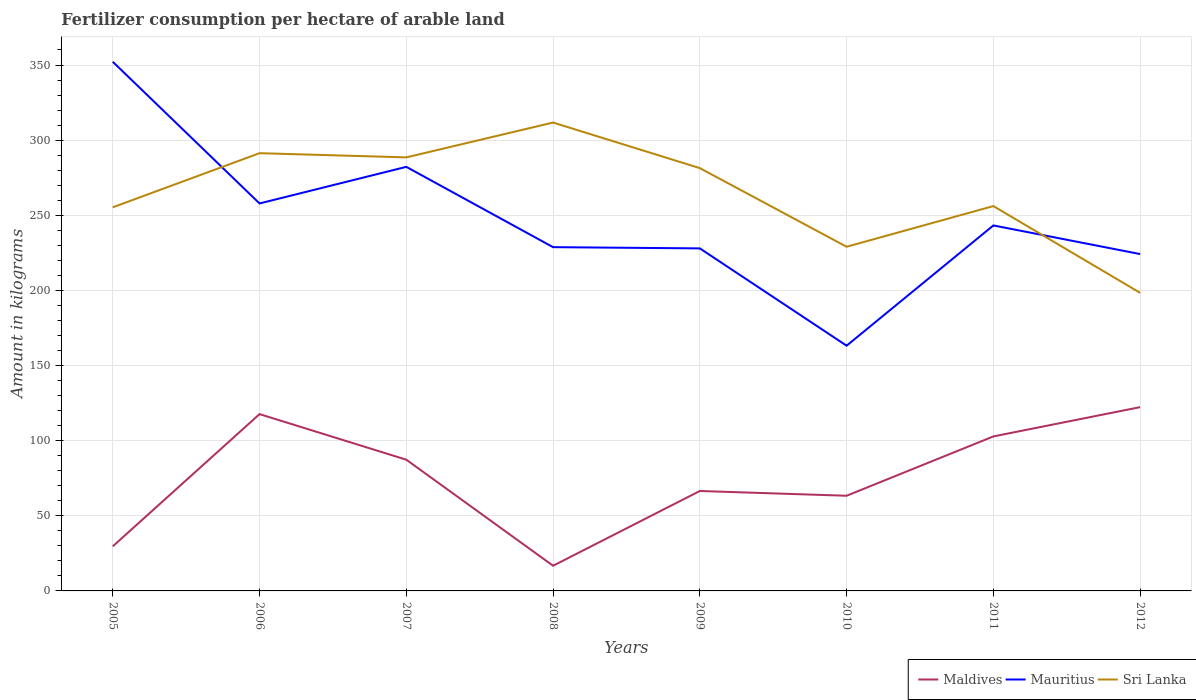
| Years | Maldives | Mauritius | Sri Lanka |
 | --- | --- | --- | --- |
 | 2005 | 29.7 | 352 | 255 |
 | 2006 | 118 | 258 | 291 |
 | 2007 | 87.3 | 282 | 289 |
 | 2008 | 16.8 | 229 | 312 |
 | 2009 | 66.5 | 228 | 281 |
 | 2010 | 63.3 | 163 | 229 |
 | 2011 | 103 | 243 | 256 |
 | 2012 | 122 | 224 | 198 |